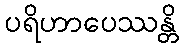
ပရိဟာပေဿန္တိ